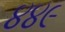
૪૪૯